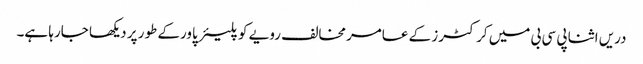
دریں اثنا پی سی بی میں کرکٹرز کے عامرمخالف رویے کو پلیئر پاورکے طور پر دیکھا جارہا ہے۔